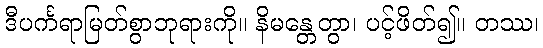
ဒီပင်္ကရာမြတ်စွာဘုရားကို။ နိမန္တေတွာ၊ ပင့်ဖိတ်၍။ တဿ၊